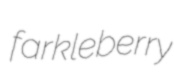
farkleberry